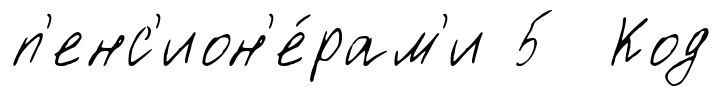
п'енс'ион'е́рам'и 5 Код